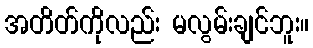
အတိတ်ကိုလည်း မလွမ်းချင်ဘူး။